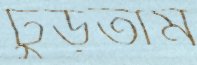
ঢুঁড়তাম